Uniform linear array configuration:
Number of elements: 64
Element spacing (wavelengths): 0.75
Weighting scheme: kaiser
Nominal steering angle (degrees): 15
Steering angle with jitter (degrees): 15.237
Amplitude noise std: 0.05
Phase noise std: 0.05

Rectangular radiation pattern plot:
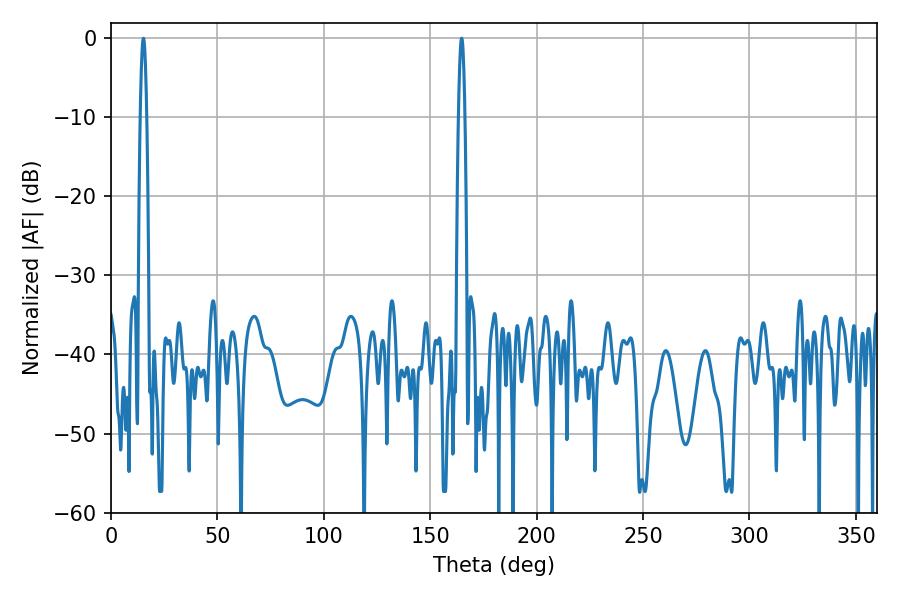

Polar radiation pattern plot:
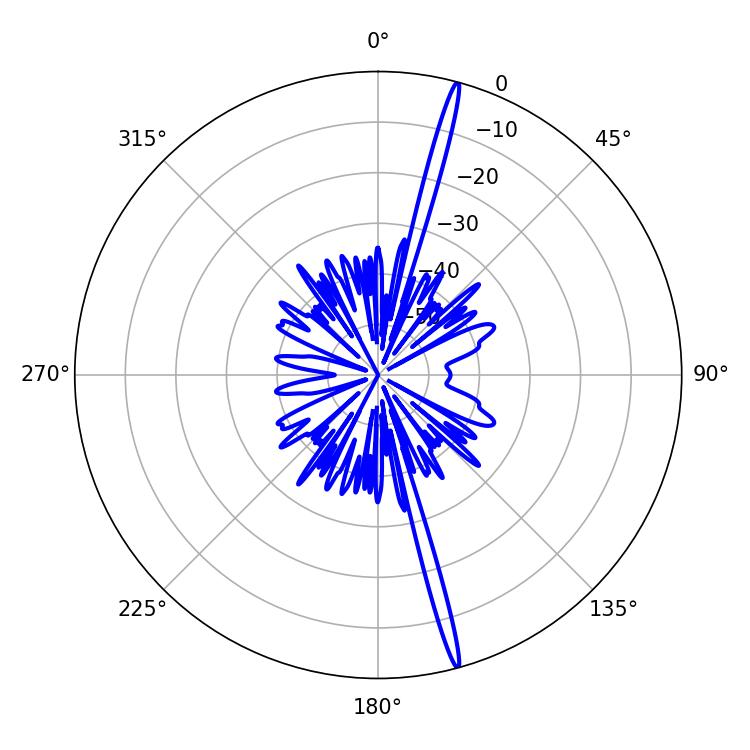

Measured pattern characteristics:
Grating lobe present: TRUE
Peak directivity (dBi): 20.697
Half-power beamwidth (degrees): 1.62
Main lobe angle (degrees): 164.7